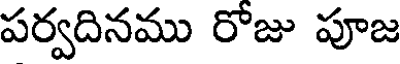
పర్వదినము రోజు పూజ